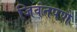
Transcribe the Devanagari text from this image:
जिवंतपणे